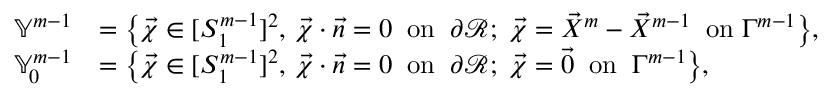
\begin{array} { r l } { \mathbb { Y } ^ { m - 1 } } & { = \bigl \{ \vec { \chi } \in [ S _ { 1 } ^ { m - 1 } ] ^ { 2 } , \, \vec { \chi } \cdot \vec { n } = 0 \; \; \mathrm { o n } \; \; \partial \mathscr { R } ; \; \vec { \chi } = \vec { X } ^ { m } - \vec { X } ^ { m - 1 } \; \; \mathrm { o n } \; \Gamma ^ { m - 1 } \bigr \} , } \\ { \mathbb { Y } _ { 0 } ^ { m - 1 } } & { = \bigl \{ \vec { \chi } \in [ S _ { 1 } ^ { m - 1 } ] ^ { 2 } , \, \vec { \chi } \cdot \vec { n } = 0 \; \; \mathrm { o n } \; \; \partial \mathscr { R } ; \; \vec { \chi } = \vec { 0 } \; \; \mathrm { o n } \; \; \Gamma ^ { m - 1 } \bigr \} , } \end{array}